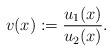
LaTeX: \begin{align*}v(x):=\frac{u_1(x)}{u_2(x)}.\end{align*}